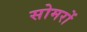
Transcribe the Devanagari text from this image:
सोमरों